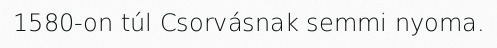
1580-on túl Csorvásnak semmi nyoma.